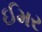
ઈમર